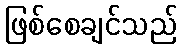
ဖြစ်စေချင်သည်